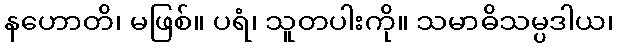
နဟောတိ၊ မဖြစ်။ ပရံ၊ သူတပါးကို။ သမာဓိသမ္ပဒါယ၊